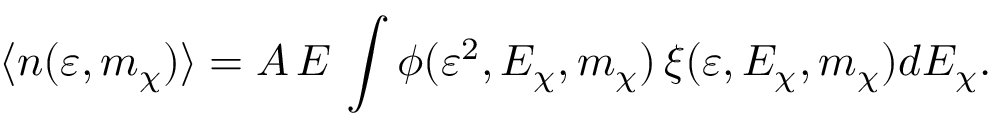
\langle n ( \varepsilon , m _ { \chi } ) \rangle = A \, E \, \int \phi ( \varepsilon ^ { 2 } , E _ { \chi } , m _ { \chi } ) \, \xi ( \varepsilon , E _ { \chi } , m _ { \chi } ) d E _ { \chi } .